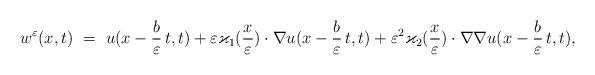
LaTeX: \begin{align*}w^{\varepsilon}(x,t) \ = \ u(x - \frac{b}{\varepsilon} \, t,t) + \varepsilon \varkappa_1 (\frac{x}{\varepsilon})\cdot \nabla u(x - \frac{b}{\varepsilon}\, t,t) + \varepsilon^2 \varkappa_2 (\frac{x}{\varepsilon})\cdot \nabla \nabla u(x - \frac{b}{\varepsilon}\, t,t),\end{align*}